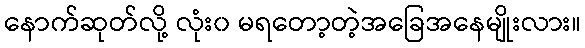
နောက်ဆုတ်လို့ လုံး၀ မရတော့တဲ့အခြေအနေမျိုးလား။